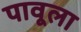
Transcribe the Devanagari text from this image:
पावूला